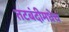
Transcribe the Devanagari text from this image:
तटबंदीमधेच